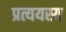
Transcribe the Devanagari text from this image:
प्रत्ययस्य